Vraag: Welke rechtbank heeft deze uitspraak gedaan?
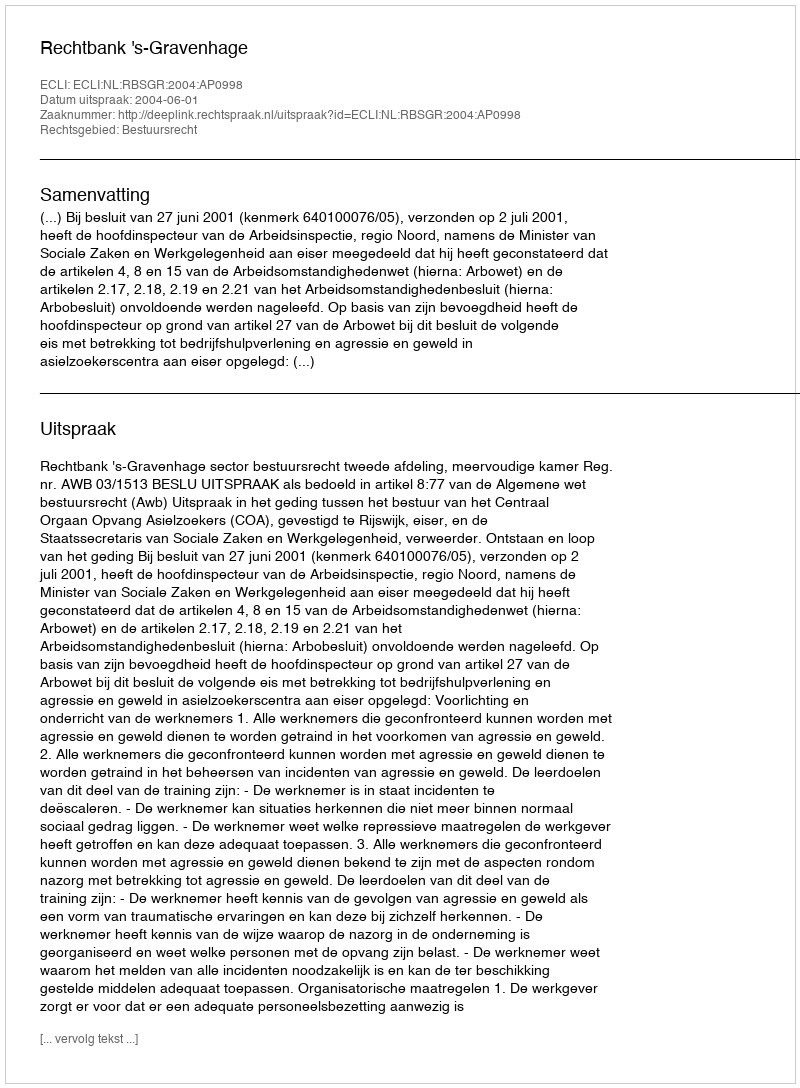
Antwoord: Rechtbank 's-Gravenhage